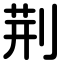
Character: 荆